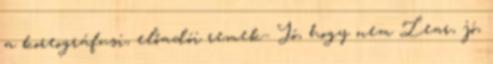
a koreográfusi, előadói remek- Jó, hogy nem Lear, jó,